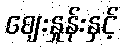
ဈေးနှုန်းနှင့်